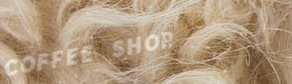
COFFEE SHOP